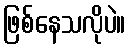
ဖြစ်နေသလိုပဲ။